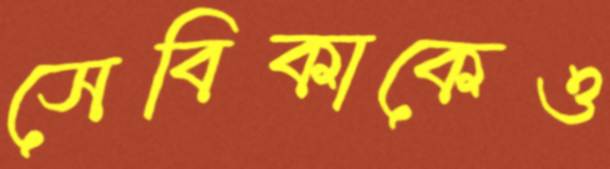
সেবিকাকেও